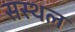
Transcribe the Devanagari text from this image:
सस्थल